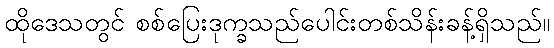
ထိုဒေသတွင် စစ်ပြေးဒုက္ခသည်ပေါင်းတစ်သိန်းခန့်ရှိသည်။